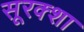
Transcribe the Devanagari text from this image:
सूरक्शा